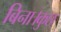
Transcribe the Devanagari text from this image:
बिना।कुछ